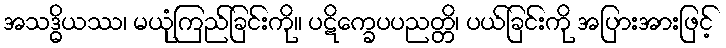
အသဒ္ဓိယဿ၊ မယုံကြည်ခြင်းကို။ ပဋိက္ခေပပညတ္တိ၊ ပယ်ခြင်းကို အပြားအားဖြင့်